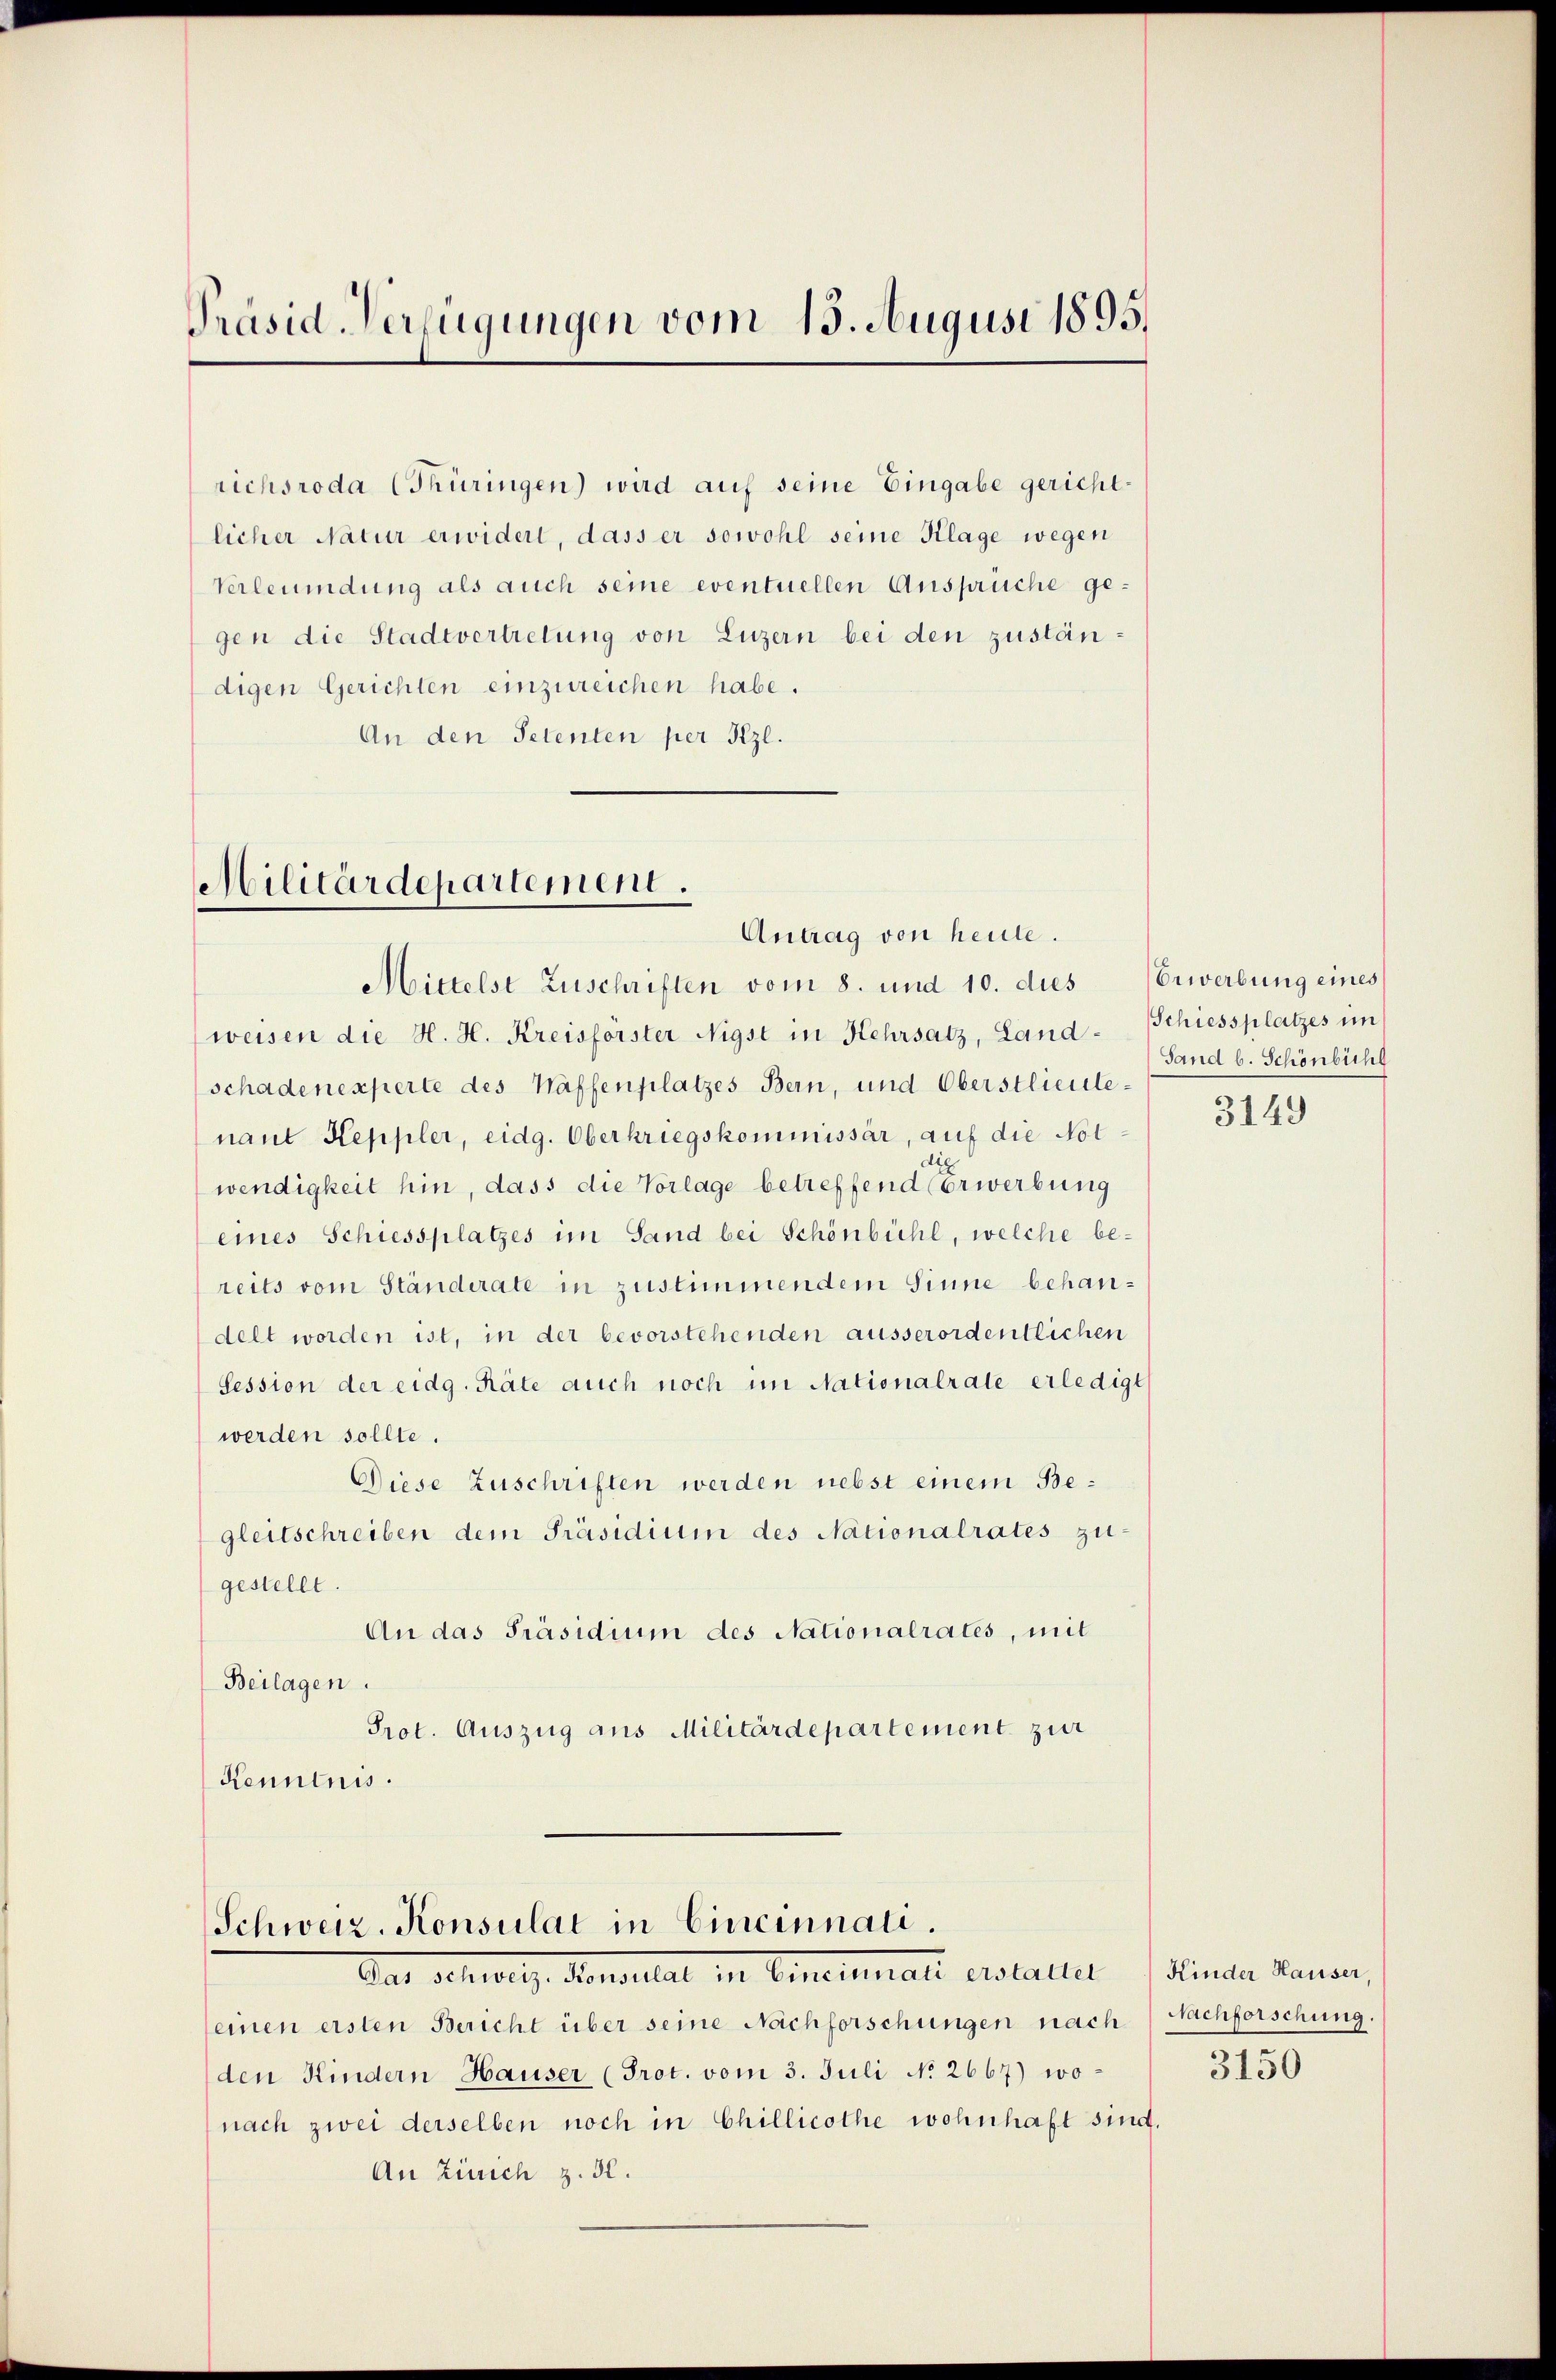
Präsid Verfügungen vom 13. August 1895.

richsroda (Thüringen) wird auf seine Eingabe gerichtlicher Natur erwidert, dass er sowohl seine Klage wegen
Verleumdung als auch seine eventuellen Ansprüche gegen die Stadtvertretung von Luzern bei den zuständigen Gerichten einzureichen habe.
An den Petenten per Kzl.

Militärdepartement.
Antrag von heute.

Mittelst Zuschriften vom 8. und 10. dies Erwerbung eines
weisen die H. H. Kreisförster Nigst in Kehrsatz, Landschadenesserte des Waffenplatzes Bern, und Oberstlieutenant Keppler, eidg. Oberkriegskommissär, auf die Not-
tig
wendigkeit hin, dass die Vorlage betreffend Erwerbung
eines Schiessplatzes im Sand bei Schönbühl, welche be-
reits vom Ständerate in zustimmendem Sinne behandelt worden ist, in der bevorstehenden ausserordentlichen
Session der eidg. Räte auch noch im Nationalrate erledigt
werden sollte.
Diese Zuschriften werden nebst einem Begleitschreiben dem Präsidium des Nationalrates zu-
gestellt.
An das Präsidium des Nationalrates, mit
Beilagen.
Prot. Auszug aus Militärdepartement zur
Kenntnis.

Schweiz. Konsulat in Cincinnali.
Aad.   Densellat in Geneimat erstattet (Finde kanon

Schiessplatzes im
Sand b. Schönbichl

einen ersten Bericht über seine Nachforschungen nach
den Kindern Hauser (Prot. vom 3. Juli No 2667) wonach zwei derselben noch in Chillicothe wohnhaft sind.
An Zürich z. d.

3149

Nachforschung.

3150